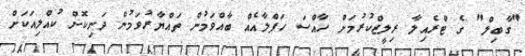
"ގާބިލް" ގެ ޓްރެއިލާ ރިލީޒްކުރުމަށް ހާއްސަ ހަފްލާއެއް ބާއްވަމުން ތައްޔާރުވަމުން ދަނިކޮށް ކުއްލިއަކަށް